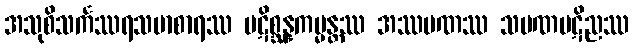
အသုစိသင်္ကဿရသမာစာရဿ ပဋိစ္ဆန္နကမ္မန္တဿ အဿမဏဿ သမဏပဋိညဿ